Annual report of the Bengal Veterinary College and of the Civil Veterinary Department, Bengal, for the year 1915-16 - 1915-1916
Year: 1915
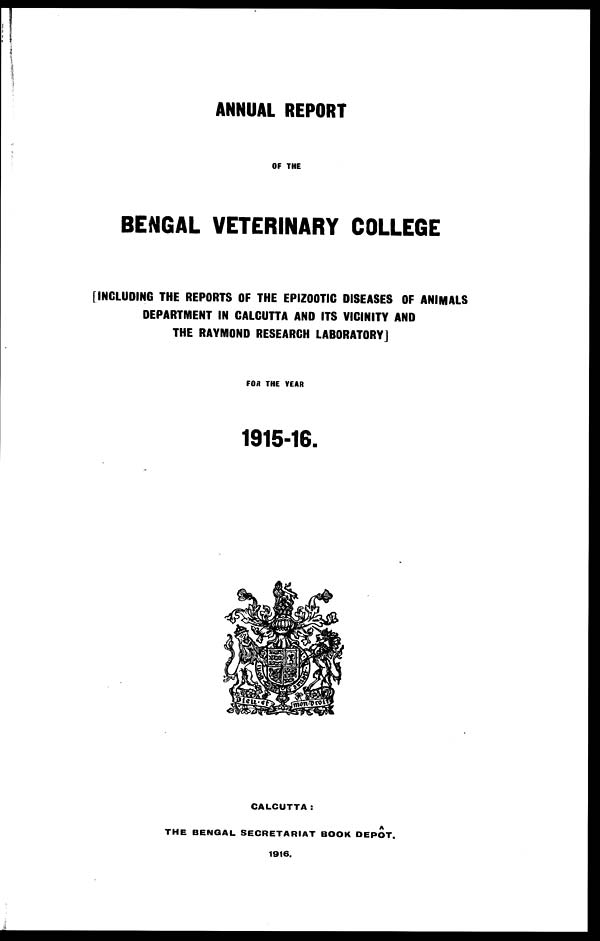
ANNUAL REPORT
OF THE
BENGAL VETERINARY COLLEGE
[INCLUDING THE REPORTS OF THE EPIZOOTIC DISEASES OF ANIMALS
DEPARTMENT IN CALCUTTA AND ITS VICINITY AND
THE RAYMOND RESEARCH LABORATORY]
FOR THE YEAR
1915-16.
CALCUTTA:
THE BENGAL SECRETARIAT BOOK DEPOT.
1916.